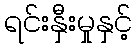
ရင်းနှီးမှုနှင့်